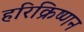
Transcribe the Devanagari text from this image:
हरिक्रिष्णन